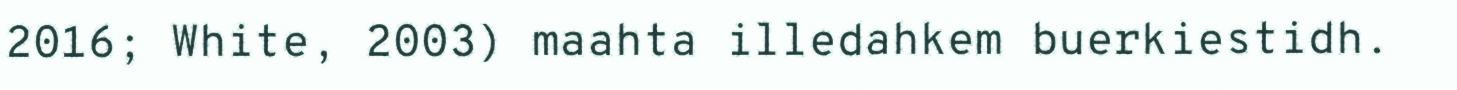
2016; White, 2003) maahta illedahkem buerkiestidh.